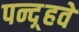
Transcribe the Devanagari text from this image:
पन्द़्हवें